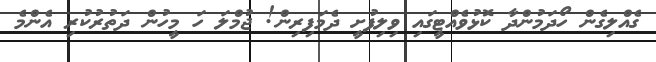
ގެއްލިގެން ހޯދަމުންދާ ކޮޅުވެއްޓީގައި ވިލިފުށީ ދެމަފިރިން! ޖުމްލަ ހަ މީހުން ދަތުރުކުރި އެންމެ